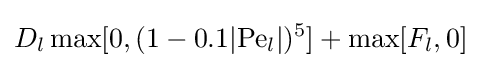
D_{l}\max[0,(1-0.1|{\text{Pe}}_{l}|)^{5}]+\max[F_{l},0]